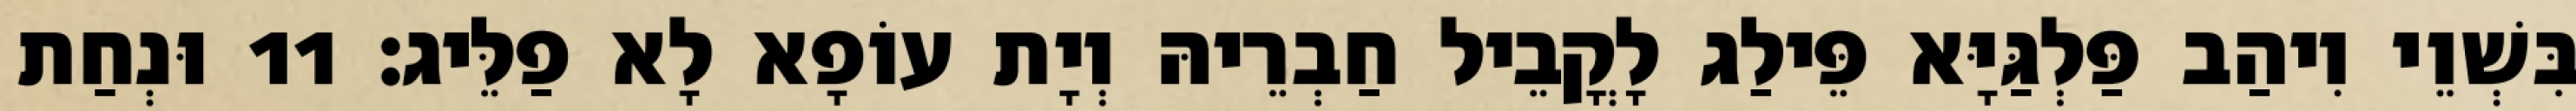
בִּשְׁוֵי וִיהַב פַּלְגַּיָּא פֵּילַג לָקֳבֵיל חַבְרֵיהּ וְיָת עוֹפָא לָא פַלֵּיג׃ 11 וּנְחַת